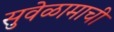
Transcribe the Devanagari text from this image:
सुवेळामाची